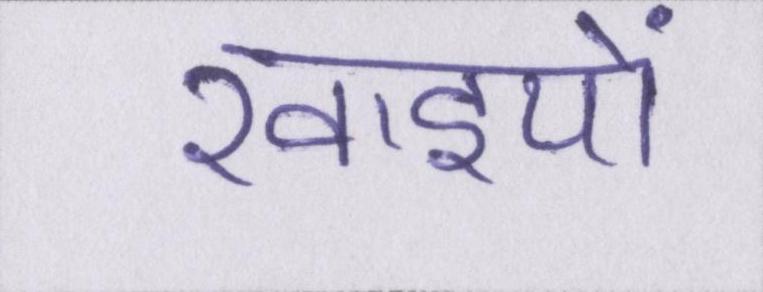
खाइयों